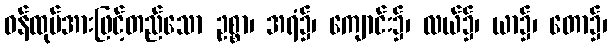
ဝန်ထုပ်အားဖြင့်တည်သော ဥစ္စာ၊ အရံ၌၊ ကျောင်း၌၊ လယ်၌၊ ယာ၌၊ တော၌၊